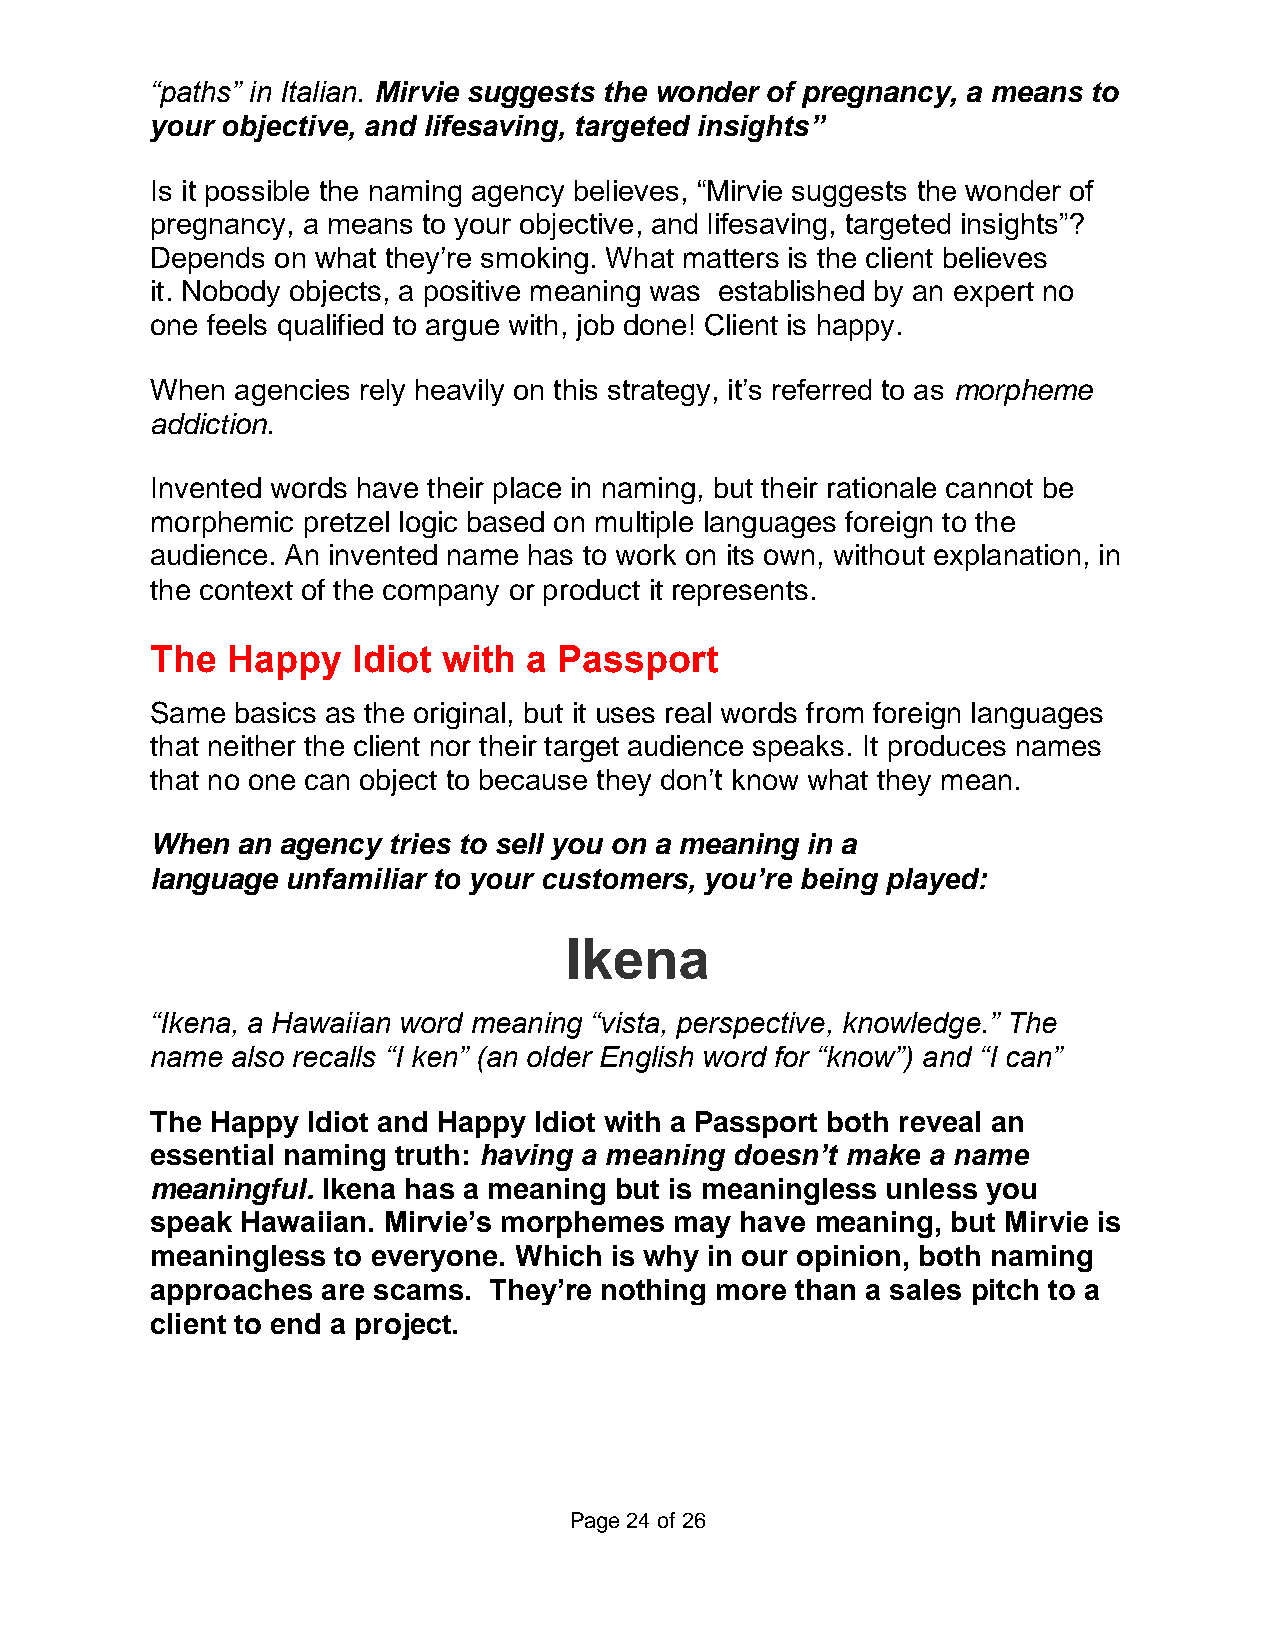
“paths” in Italian. Mirvie suggests the wonder of pregnancy, a means to
 your objective, and lifesaving, targeted insights”
 Is it possible the naming agency believes, “Mirvie suggests the wonder of
 pregnancy, a means to your objective, and lifesaving, targeted insights”?
 Depends on what they’re smoking. What matters is the client believes
 it. Nobody objects, a positive meaning was established by an expert no
 one feels qualified to argue with, job done! Client is happy.
 When  agencies rely heavily on this strategy, it’s referred to as morpheme
 addiction.
 Invented words have their place in naming, but their rationale cannot be
 morphemic pretzel logic based on multiple languages foreign to the
 audience. An invented name has to work on its own, without explanation, in
 the context of the company or product it represents.
 The  Happy   Idiot with  a Passport
 Same  basics as the original, but it uses real words from foreign languages
 that neither the client nor their target audience speaks. It produces names
 that no one can object to because they don’t know what they mean.
 When  an agency tries to sell you on a meaning in a
 language unfamiliar to your customers, you’re being played:
 Ikena
 “Ikena, a Hawaiian word meaning “vista, perspective, knowledge.” The
 name also recalls “I ken” (an older English word for “know”) and “I can”
 The Happy Idiot and Happy Idiot with a Passport both reveal an
 essential naming truth: having a meaning doesn’t make a name
 meaningful. Ikena has a meaning but is meaningless unless you
 speak Hawaiian. Mirvie’s morphemes may have meaning, but Mirvie is
 meaningless to everyone. Which is why in our opinion, both naming
 approaches are scams. They’re nothing more than a sales pitch to a
 client to end a project.
 Page 24 of 26